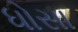
ધોસા